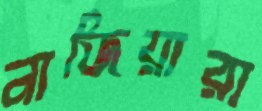
নাজিয়ারা